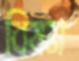
বিষম